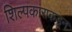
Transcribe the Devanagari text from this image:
शिल्पकाराकडून